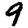
Digit: 9